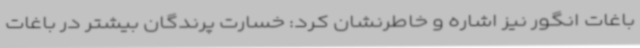
باغات انگور نیز اشاره و خاطرنشان کرد: خسارت پرندگان بیشتر در باغات